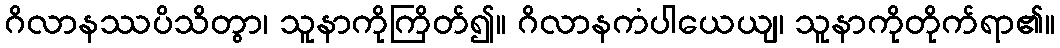
ဂိလာနဿပိသိတွာ၊ သူနာကိုကြိတ်၍။ ဂိလာနကံပါယေယျ၊ သူနာကိုတိုက်ရာ၏။